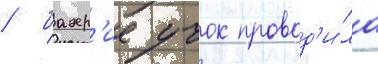
/ бахр'ие учок провод'и́ла